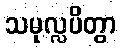
သမုလ္လပိတွာ